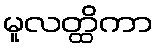
မူလတ္ထိကာ